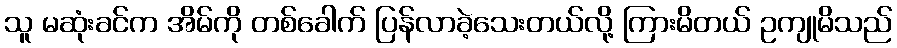
သူ မဆုံးခင်က အိမ်ကို တစ်ခေါက် ပြန်လာခဲ့သေးတယ်လို့ ကြားမိတယ် ဥကျုမိသည်